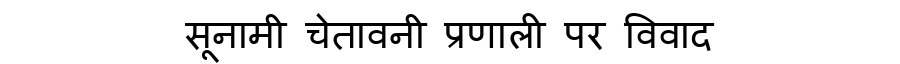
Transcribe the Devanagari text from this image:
सूनामी चेतावनी प्रणाली पर विवाद